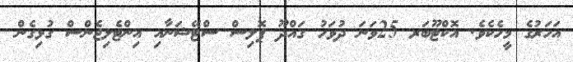
އަހަރުގެ މީހެކެވެ. އޮކްޓޫބަރ 25ވަނަ ދުވަހު ގައްދޫ ޕޮލިސް ސްޓޭޝަނާއި އިންޓެލިޖެންސް ގުޅިގެން